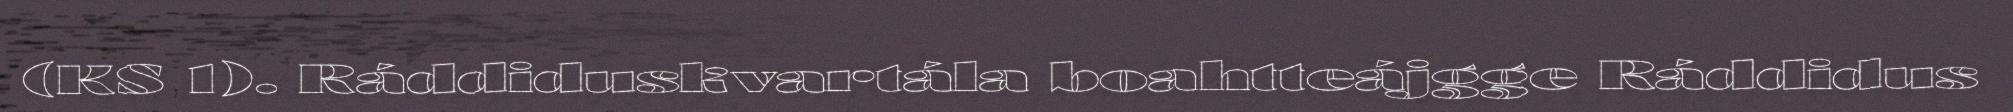
(KS 1). Ráddiduskvartála boahtteájgge Ráddidus